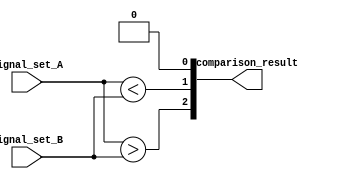
module parallel_comparator (
    input [7:0] signal_set_A,
    input [7:0] signal_set_B,
    output [2:0] comparison_result
);

reg [2:0] comparison_final;
reg [7:0] equal, less, greater;

// Compare corresponding bits of the input signals
always @(signal_set_A, signal_set_B) begin
    equal = (signal_set_A == signal_set_B);
    less = (signal_set_A < signal_set_B);
    greater = (signal_set_A > signal_set_B);
end

// Combine comparison results to provide final comparison result
always @* begin
    comparison_final[0] = &equal;
    comparison_final[1] = |less;
    comparison_final[2] = |greater;
end

assign comparison_result = comparison_final;

endmodule